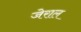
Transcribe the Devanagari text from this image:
जेराल